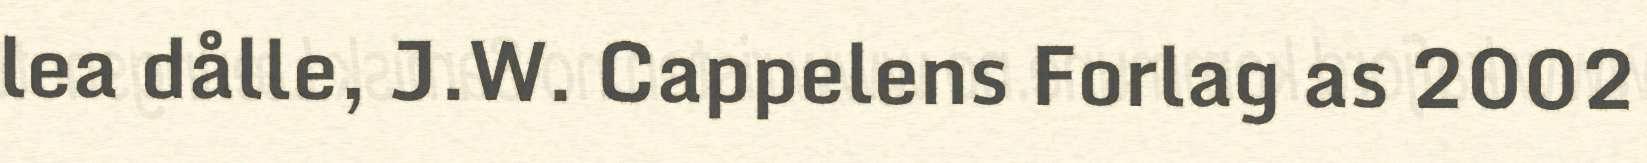
lea dålle, J.W. Cappelens Forlag as 2002